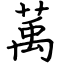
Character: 萭